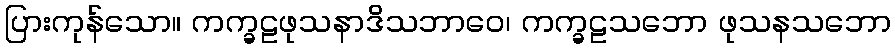
ပြားကုန်သော။ ကက္ခဠဖုသနာဒိသဘာဝေ၊ ကက္ခဠသဘော ဖုသနသဘော